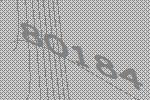
80184